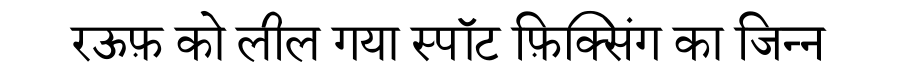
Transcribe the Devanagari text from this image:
रऊफ़ को लील गया स्पॉट फ़िक्सिंग का जिन्न